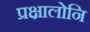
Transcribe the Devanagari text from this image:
प्रक्षालोनि